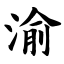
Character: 渝